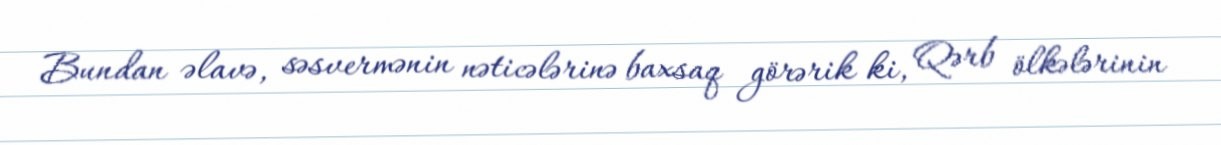
Bundan əlavə, səsvermənin nəticələrinə baxsaq görərik ki, Qərb ölkələrinin